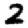
Digit: 2